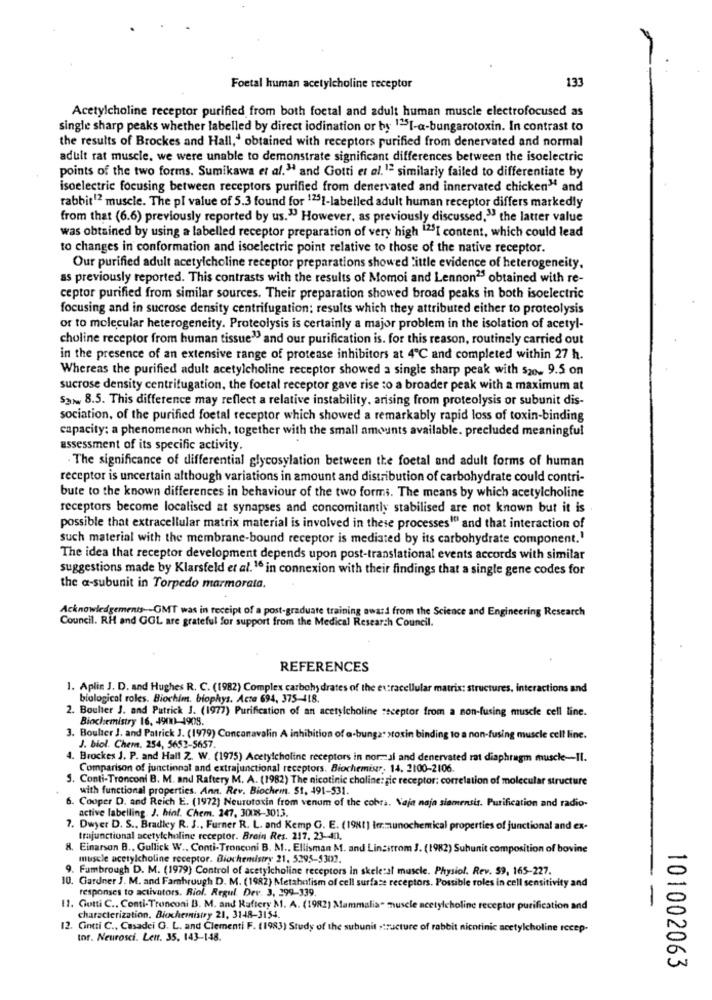
Foetal human acetylcholine receptor
133
Acetylcholine receptor purified from both foetal and adult human muscle electrofocused as
single sharp peaks whether labelled by direct iodination or by 1251-a-bungarotoxin. In contrast to
the results of Brockes and Hall,' obtained with receptors purified from denervated and normal
adult rat muscle. we were unable to demonstrate significant differences between the isoelectric
points of the two forms. Sumikawa et al." and Gotti et al.1ª similarly failed to differentiate by
isoelectric focusing between receptors purified from denervated and innervated chicken" and
rabbit12 muscle. The pl value of 5.3 found for 1251-labelled adult human receptor differs markedly
from that (6.6) previously reported by us." However, as previously discussed," the latter value
was obtained by using a labelled receptor preparation of very high "251 content, which could lead
to changes in conformation and isoelectric point relative to those of the native receptor.
Our purified adult acetylcholine receptor preparations showed Little evidence of heterogeneity.
as previously reported. This contrasts with the results of Momoi and Lennon25 obtained with re-
ceptor purified from similar sources. Their preparation showed broad peaks in both isoelectric
focusing and in sucrose density centrifugation: results which they attributed either to proteolysis
or to molecular heterogeneity. Proteolysis is certainly a major problem in the isolation of acetyl-
choline receptor from human tissue" and our purification is. for this reason, routinely carried out
in the presence of an extensive range of protease inhibitors at 4℃ and completed within 27 h.
Whereas the purified adult acetylcholine receptor showed a single sharp peak with $20. 9.5 on
sucrose density centrifugation, the foetal receptor gave rise to a broader peak with a maximum at
S3. 8.5. This difference may reflect a relative instability, arising from proteolysis or subunit dis-
sociation, of the purified foetal receptor which showed a remarkably rapid loss of toxin-binding
capacity: a phenomenon which, together with the small amounts available. precluded meaningful
assessment of its specific activity.
. The significance of differential glycosylation between the foetal and adult forms of human
receptor is uncertain although variations in amount and distribution of carbohydrate could contri-
bute to the known differences in behaviour of the two forms. The means by which acetylcholine
receptors become localised at synapses and concomitantly stabilised are not known but it is .
possible that extracellular matrix material is involved in these processes" and that interaction of
such material with the membrane-bound receptor is mediated by its carbohydrate component.'
The idea that receptor development depends upon post-translational events accords with similar
suggestions made by Klarsfeld et al.16 in connexion with their findings that a single gene codes for
the a-subunit in Torpedo marmorata.
Acknowledgements -- GMT was in receipt of a post-graduate training award from the Science and Engineering Research
Council. RH and GGL are grateful for support from the Medical Research Council.
REFERENCES
1. Aplin J. D. and Hughes R. C. (1982) Complex carbohydrates of the extracellular matrix: structures, interactions and
biological roles. Biochim. biophys. Acta 694, 375-418.
2. Boulter J. and Patrick J. (1977) Purification of an acetylcholine receptor from a non-fusing muscle cell line.
Biochemistry 16, 4900-4908.
3. Boulter J. and Patrick J. (1979) Concanavalin A inhibition of a-bunga" >toxin binding to a non-fusing muscle cell line.
J. biol. Chem. 254, 5652-5657.
4. Brockes J. P. and Hall Z. W. (1975) Acetylcholine receptors in normal and denervated rat diaphragm muscle-Il.
Comparison of junctional and extrajunctional receptors. Biochemistr, 14. 2100-2106.
Conti-Tronconi B. M. and Raftery M. A. (1982) The nicotinic choline: gic receptor: correlation of molecular structure
with functional properties. Ann. Rev. Biochem. 51, 491-531.
Cooper D. and Reich E. (1972) Neurotoxin from venum of the cobra. Naja naja siamensis. Purification and radio-
active labelling. J. hint. Chem. 247, 3008-3013.
7. Dwyer D. S ., Bradley R. J ., Furner R. L. and Kemp G. E. (1981) Immunochemical properties of junctional and ex-
trajunctional acetylcholine receptor. Brain Res. 217. 23-401.
8. Einarson B ., Gullick W ., Conti-Tronconi B. M ., Ellisman M. and Lincitrom J. (1982) Subunit composition of bovine
muscle acetylcholine receptor. Biochemistry 21, 5295-5302.
9. Fumbrough D. M. (1979) Control of acetylcholine receptors in skeletal muscle. Physiol. Rev. 59, 165-227.
10. Gardner J. M. and Fambrough D. M. (1982) Metabolism of cell surface receptors. Possible roles in cell sensitivity and
responses to activators. Riol. Regul. Dev. 3, 299-339.
11. Gotti C ., Conti-Tronconi B. M. and Raftery M. A. (1982) Mammalia" muscle acetylcholine receptor purification and
characterization, Biochemistry 21, 3148-3154.
12. Cinti C ., Casadei G. L. and Clementi F. (1983) Study of the subunit structure of rabbit nicotinic acetylcholine recep-
tor. Neurosci. Len. 35. 143-148.
101002063